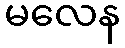
မလေန